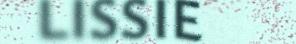
LISSIE